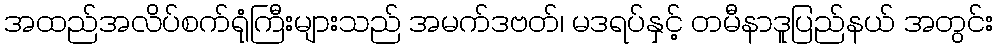
အထည်အလိပ်စက်ရုံကြီးများသည် အမက်ဒဗတ်၊ မဒရပ်နှင့် တမီနာဒူပြည်နယ် အတွင်း